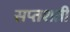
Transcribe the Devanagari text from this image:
सप्‍तशती